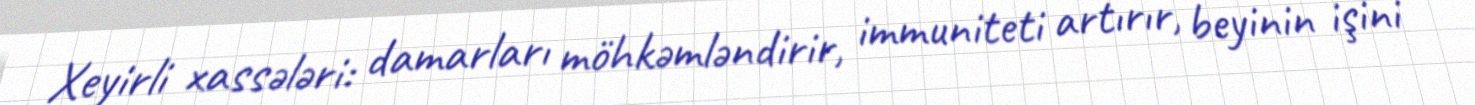
Xeyirli xassələri: damarları möhkəmləndirir, immuniteti artırır, beyinin işini